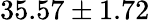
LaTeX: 35.57\pm 1.72